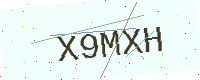
Text: X9MXH